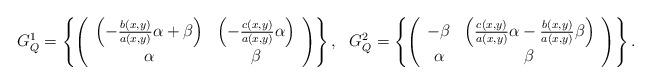
LaTeX: \begin{align*}G_Q^1 = \left\{\left(\begin{array}{cc}\left(-\frac{b(x,y)}{a(x,y)}\alpha+\beta\right) & \left(-\frac{c(x,y)}{a(x,y)}\alpha\right)\\\alpha & \beta \end{array}\right)\right\}, \ \ G_Q^2 = \left\{\left(\begin{array}{cc}-\beta & \left(\frac{c(x,y)}{a(x,y)}\alpha-\frac{b(x,y)}{a(x,y)}\beta\right)\\\alpha & \beta \end{array}\right)\right\}.\end{align*}